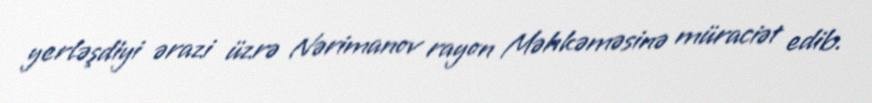
yerləşdiyi ərazi üzrə Nərimanov rayon Məhkəməsinə müraciət edib.